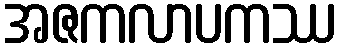
အဇကလာပကဿ